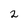
Character: 2